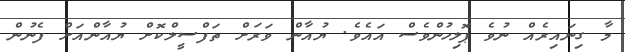
މާ ގިނައިރެއް ނުވެ ޕޮލިހުންވެސް އައެވެ. ޔުއާން ވަރަށް ތަފްސީލްކޮށް ޔުއާންއަށް ފެނުން